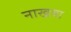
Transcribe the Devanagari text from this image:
नाखवा